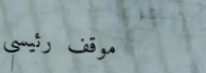
موقف رئيسي